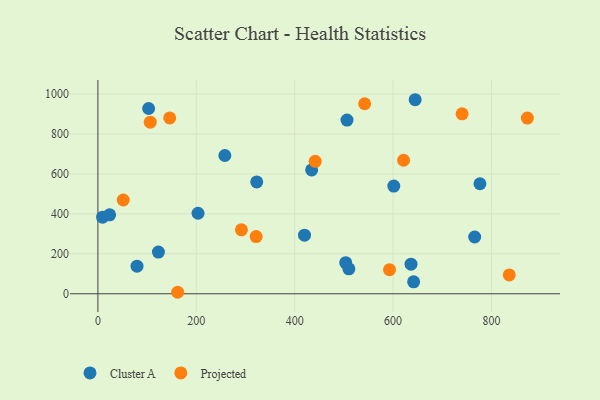
{"axis": {"x": "Engine Size", "y": "Profit"}, "legend": ["Cluster A", "Projected"], "data": [{"x": "506.3", "y": 869.2, "type": "Cluster A"}, {"x": "258.0", "y": 692.1, "type": "Cluster A"}, {"x": "203.5", "y": 402.9, "type": "Cluster A"}, {"x": "765.8", "y": 284.2, "type": "Cluster A"}, {"x": "644.8", "y": 971.1, "type": "Cluster A"}, {"x": "510.1", "y": 124.7, "type": "Cluster A"}, {"x": "322.8", "y": 559.7, "type": "Cluster A"}, {"x": "636.4", "y": 148.2, "type": "Cluster A"}, {"x": "776.5", "y": 550.5, "type": "Cluster A"}, {"x": "503.7", "y": 155.8, "type": "Cluster A"}, {"x": "601.4", "y": 538.9, "type": "Cluster A"}, {"x": "23.8", "y": 395.1, "type": "Cluster A"}, {"x": "123.0", "y": 208.5, "type": "Cluster A"}, {"x": "79.5", "y": 138.2, "type": "Cluster A"}, {"x": "9.6", "y": 383.5, "type": "Cluster A"}, {"x": "641.7", "y": 60.0, "type": "Cluster A"}, {"x": "434.4", "y": 620.0, "type": "Cluster A"}, {"x": "103.1", "y": 927.3, "type": "Cluster A"}, {"x": "419.9", "y": 293.1, "type": "Cluster A"}, {"x": "106.4", "y": 858.9, "type": "Projected"}, {"x": "162.1", "y": 7.5, "type": "Projected"}, {"x": "621.3", "y": 668.1, "type": "Projected"}, {"x": "542.2", "y": 950.9, "type": "Projected"}, {"x": "441.7", "y": 662.7, "type": "Projected"}, {"x": "872.9", "y": 879.4, "type": "Projected"}, {"x": "740.2", "y": 900.7, "type": "Projected"}, {"x": "836.1", "y": 94.4, "type": "Projected"}, {"x": "592.7", "y": 120.5, "type": "Projected"}, {"x": "145.9", "y": 879.9, "type": "Projected"}, {"x": "291.7", "y": 320.0, "type": "Projected"}, {"x": "51.5", "y": 469.4, "type": "Projected"}, {"x": "321.6", "y": 286.1, "type": "Projected"}]}